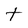
Character: t